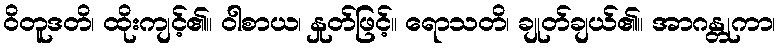
ဝိတူဒတိ၊ ထိုးကျင့်၏။ ဝါစာယ၊ နှုတ်ဖြင့်။ ရောသတိ၊ ချုတ်ချယ်၏။ အာဂန္တုကာ၊